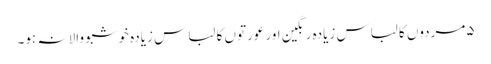
۵مردوں کا لباس زیادہ رنگین اور عورتوں کا لباس زیادہ خوشبو والا نہ ہو۔